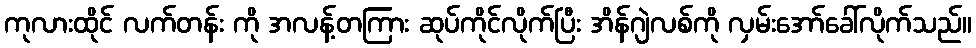
ကုလားထိုင် လက်တန်း ကို အလန့်တကြား ဆုပ်ကိုင်လိုက်ပြီး အိန်ဂျဲလစ်ကို လှမ်းအော်ခေါ်လိုက်သည်။